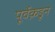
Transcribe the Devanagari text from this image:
पूर्वेक़डून